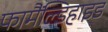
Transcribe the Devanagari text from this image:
फामैंल्डिहाइड